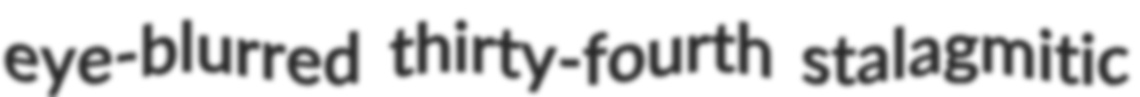
eye-blurred thirty-fourth stalagmitic